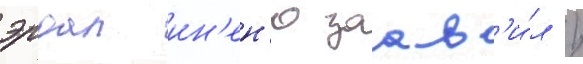
эрдал ин'ен'ю заав'и́л /